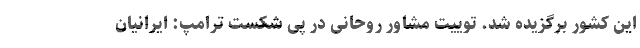
این کشور برگزیده شد. توییت مشاور روحانی در پی شکست ترامپ: ایرانیان